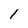
Character: 1